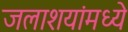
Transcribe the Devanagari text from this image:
जलाशयांमध्ये